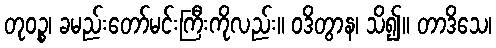
တုဝဉ္စ၊ ခမည်းတော်မင်းကြီးကိုလည်း။ ဝဒိတွာန၊ သိ၍။ တာဒိသေ၊